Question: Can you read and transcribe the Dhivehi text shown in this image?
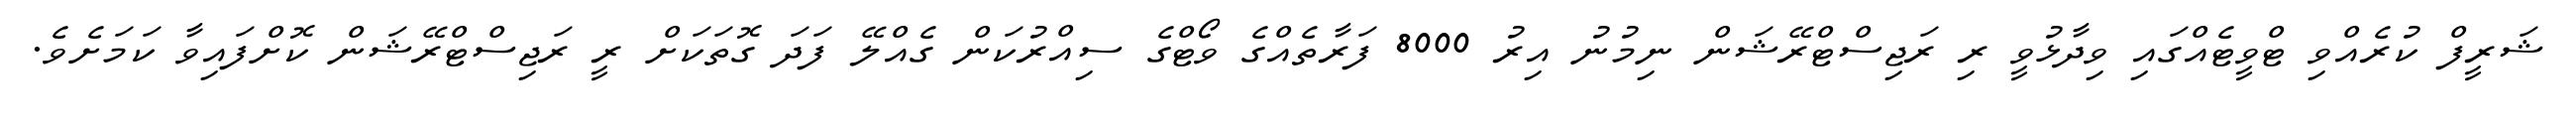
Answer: ޝަރީފް ކުރެއްވި ޓްވީޓެއްގައި ވިދާޅުވީ ރި ރަޖިސްޓްރޭޝަން ނިމުނު އިރު 8000 ފަރާތެއްގެ ވޯޓްގެ ސިއްރުކަން ގެއްލޭ ފަދަ ގޮތަކަށް ރީ ރަޖިސްޓްރޭޝަން ކޮށްފައިވާ ކަމަށެވެ.